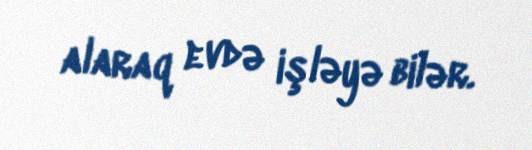
alaraq evdə işləyə bilər.